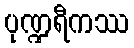
ပုဏ္ဍရီကဿ